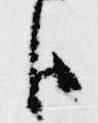
臣